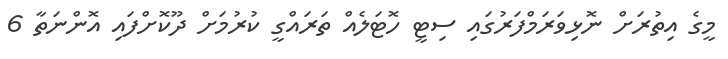
މީގެ އިތުރަށް ނޮޅިވަރަމްފަރުގައި ސިޓީ ހޮޓަލެއް ތަރައްގީ ކުރުމަށް ދޫކޮށްފައި އޮންނަތާ 6